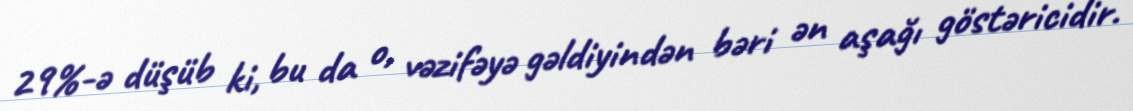
29%-ə düşüb ki, bu da o, vəzifəyə gəldiyindən bəri ən aşağı göstəricidir.